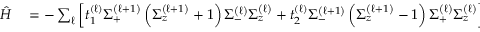
\begin{array} { r l } { \hat { H } } & { { } = - \sum _ { \ell } \left[ t _ { 1 } ^ { ( \ell ) } \Sigma _ { + } ^ { \left( \ell + 1 \right) } \left( \Sigma _ { z } ^ { \left( \ell + 1 \right) } + 1 \right) \Sigma _ { - } ^ { \left( \ell \right) } \Sigma _ { z } ^ { \left( \ell \right) } + t _ { 2 } ^ { ( \ell ) } \Sigma _ { - } ^ { \left( \ell + 1 \right) } \left( \Sigma _ { z } ^ { \left( \ell + 1 \right) } - 1 \right) \Sigma _ { + } ^ { \left( \ell \right) } \Sigma _ { z } ^ { \left( \ell \right) } \right] } \end{array}